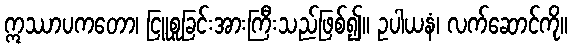
ဣဿာပကတော၊ ငြူစူခြင်းအားကြီးသည်ဖြစ်၍။ ဥပါယနံ၊ လက်ဆောင်ကို။